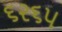
૬૨૬૫